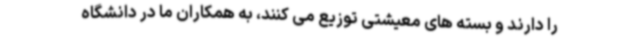
را دارند و بسته های معیشتی توزیع می کنند، به همکاران ما در دانشگاه